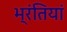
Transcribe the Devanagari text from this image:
भ्रंतियां